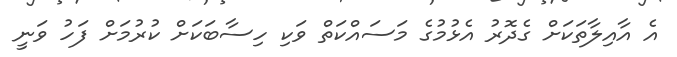
އެ އާއިލާތަކަށް ގެދޮރު އެޅުމުގެ މަސައްކަތް ވަކި ހިސާބަކަށް ކުރުމަށް ފަހު ވަނީ